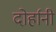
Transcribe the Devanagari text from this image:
दोर्हानी